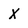
Character: X